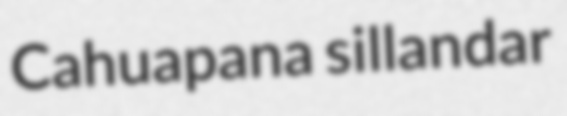
Cahuapana sillandar